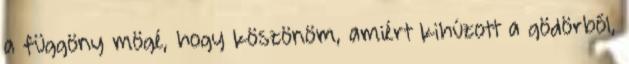
a függöny mögé, hogy köszönöm, amiért kihúzott a gödörből,